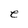
Character: e